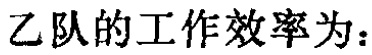
乙队的工作效率为：